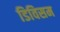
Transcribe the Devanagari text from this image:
डिविसम